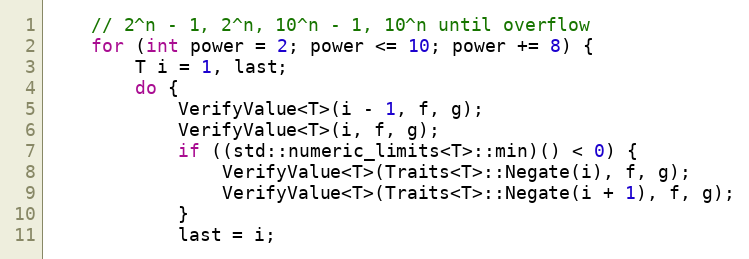
Language: C++
    // 2^n - 1, 2^n, 10^n - 1, 10^n until overflow
    for (int power = 2; power <= 10; power += 8) {
        T i = 1, last;
        do {
            VerifyValue<T>(i - 1, f, g);
            VerifyValue<T>(i, f, g);
            if ((std::numeric_limits<T>::min)() < 0) {
                VerifyValue<T>(Traits<T>::Negate(i), f, g);
                VerifyValue<T>(Traits<T>::Negate(i + 1), f, g);
            }
            last = i;